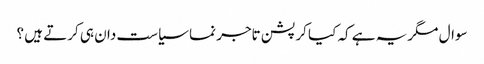
سوال مگریہ ہے کہ کیا کرپشن تاجر نما سیاست دان ہی کرتے ہیں ؟